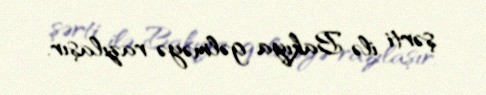
şərti ilə Bakıya gəlməyə razılaşır.